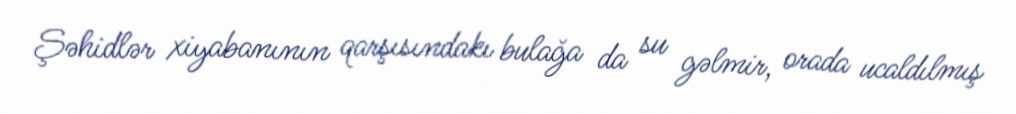
Şəhidlər xiyabanının qarşısındakı bulağa da su gəlmir, orada ucaldılmış